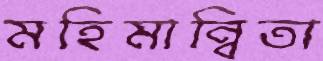
মহিমান্বিতা